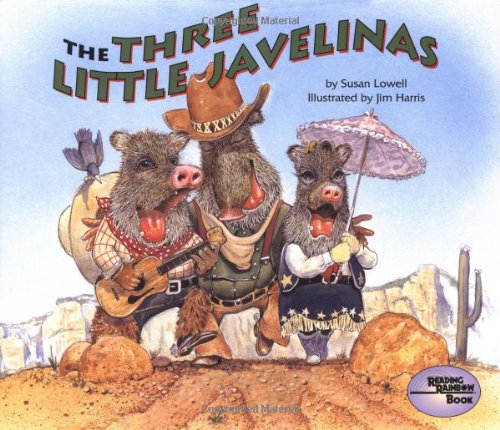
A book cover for The Three Little Javelinas (Reading Rainbow Book); Susan Lowell; Children's Books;